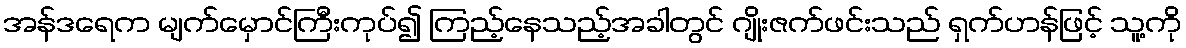
အန်ဒရေက မျက်မှောင်ကြီးကုပ်၍ ကြည့်နေသည့်အခါတွင် ဂျိုးဇက်ဖင်းသည် ရှက်ဟန်ဖြင့် သူ့ကို